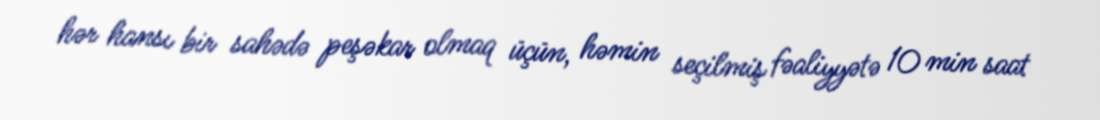
hər hansı bir sahədə peşəkar olmaq üçün, həmin seçilmiş fəaliyyətə 10 min saat